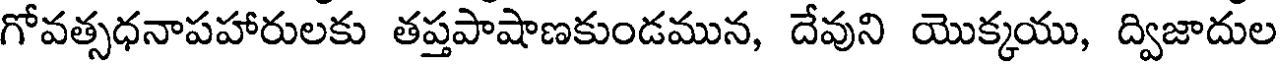
గోవత్సధనాపహారులకు తప్తపాషాణకుండమున, దేవుని యొక్కయు, ద్విజాదుల